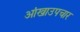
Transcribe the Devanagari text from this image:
आंखाउपचार